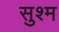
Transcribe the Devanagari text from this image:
सुश्म